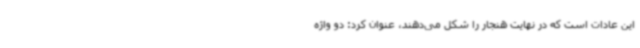
این عادات است که در نهایت هنجار را شکل می‌دهند، عنوان کرد: دو واژه